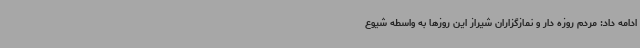
ادامه داد: مردم روزه دار و نمازگزاران شیراز این روزها به واسطه شیوع